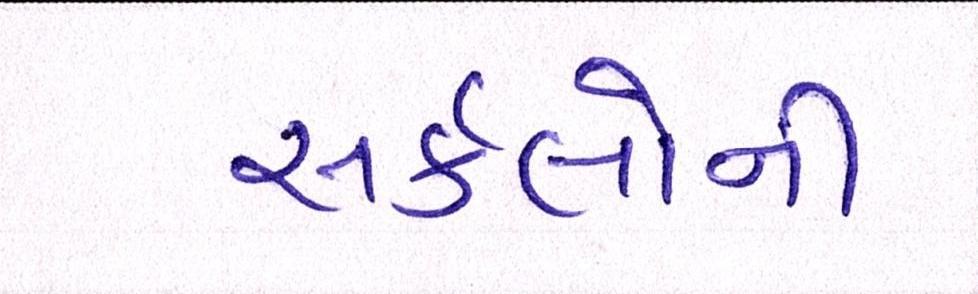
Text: સર્કલોની